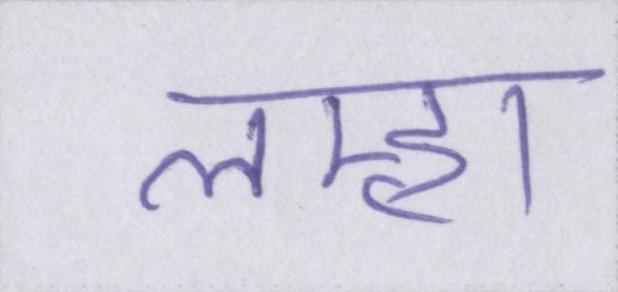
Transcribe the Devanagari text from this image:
लम्हा